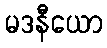
မဒနီယော